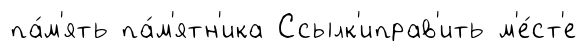
па́м'ять па́м'ятн'ика Ссылк'иправ'ить м'е́ст'е